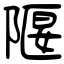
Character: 隁